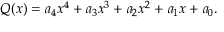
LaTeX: Q ( x ) = a _ { 4 } x ^ { 4 } + a _ { 3 } x ^ { 3 } + a _ { 2 } x ^ { 2 } + a _ { 1 } x + a _ { 0 } .